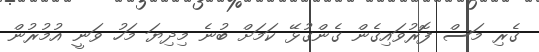
ގެރި މަސް ފޮރުވައިގެން ގެންގުޅޭ ކަމަށް ބުނެ މިދިޔަ މަހު ވަނީ އުމުރުން